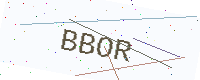
Text: BBOR